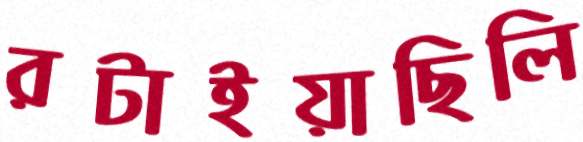
রটাইয়াছিলি